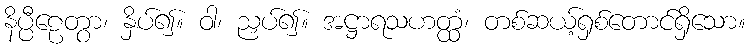
နိပ္ပီဠေတွာ၊ နှိပ်၍။ ဝါ၊ ညှပ်၍။ အဋ္ဌာရသဟတ္ထံ၊ တစ်ဆယ့်ရှစ်တောင်ရှိသော။